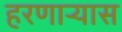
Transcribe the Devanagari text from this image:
हरणार्‍यास